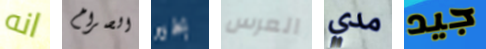
انه الصراخ بخير العرس مدي جيد